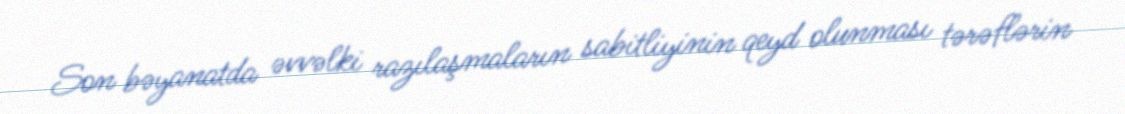
Son bəyanatda əvvəlki razılaşmaların sabitliyinin qeyd olunması tərəflərin